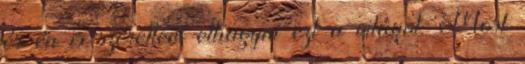
és én is szerettem elhagyni ezt a világot. Most